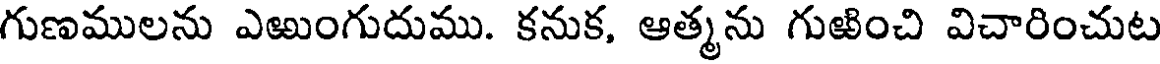
గుణములను ఎఱుంగుదుము. కనుక, ఆత్మను గుఱించి విచారించుట